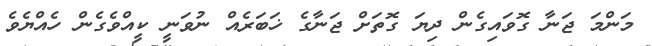
މަންމަ ޖަނާ ގޮވައިގެން ދިޔަ ގޮތަށް ޖަނާގެ ޚަބަރެއް ނުވަނީ ކީއްވެގެން ހެއްޔެވެ